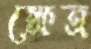
ক্ষেত্র